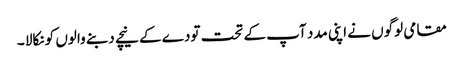
مقامی لوگوں نے اپنی مدد آپ کے تحت تودے کے نیچے دبنے والوں کو نکالا ۔